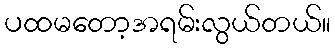
ပထမတော့အရမ်းလွယ်တယ်။